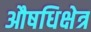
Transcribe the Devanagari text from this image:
औषधिक्षेत्र